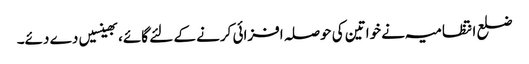
ضلع انتظامیہ نے خواتین کی حوصلہ افزائی کرنے کے لئے گائے، بھینسیں دے دئے۔